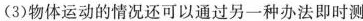
(3)物体运动的情况还可以通过另一种办法即时测